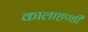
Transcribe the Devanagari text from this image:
कालाहण्डी